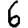
Digit: 6